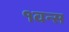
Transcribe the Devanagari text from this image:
१वन्स